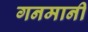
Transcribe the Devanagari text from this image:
गनमानी